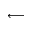
\longleftarrow